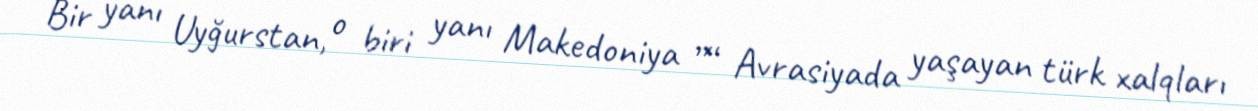
Bir yanı Uyğurstan, o biri yanı Makedoniya ”“ Avrasiyada yaşayan türk xalqları